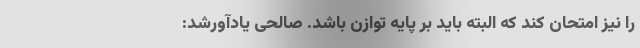
را نیز امتحان کند که البته باید بر پایه توازن باشد. صالحی یادآورشد: